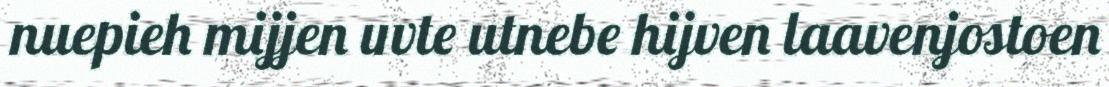
nuepieh mijjen uvte utnebe hijven laavenjostoen